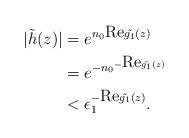
LaTeX: \begin{align*}|\tilde{h}(z)| & = e^{n_0\mbox{Re}\tilde{g_1}(z)}\\& =e^{{-n_0}^{-\mbox{Re}\tilde{g_1}(z)}}\\& <\epsilon_1^{-\mbox{Re}\tilde{g_1}(z)}.\end{align*}